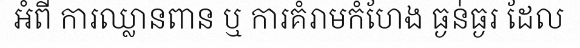
អំពី ការឈ្លានពាន ឬ ការគំរាមកំហែង ធ្ងន់ធ្ងរ ដែល